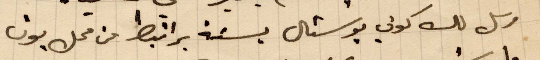
ارسل لك كوني بوستال بسنة براتبط من محل بون